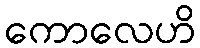
ကောလေဟိ